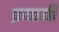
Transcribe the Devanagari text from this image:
प्रयायी